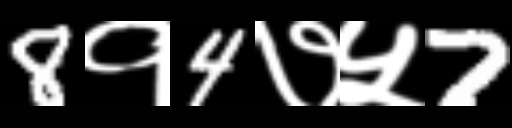
Text: 8१4७५7